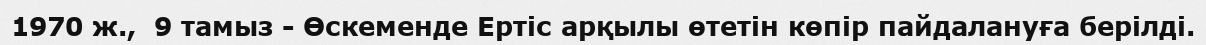
1970 ж.,  9 тамыз - Өскеменде Ертіс арқылы өтетін көпір пайдалануға берілді.